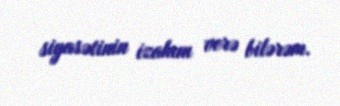
siyasətinin izahını verə bilərəm.